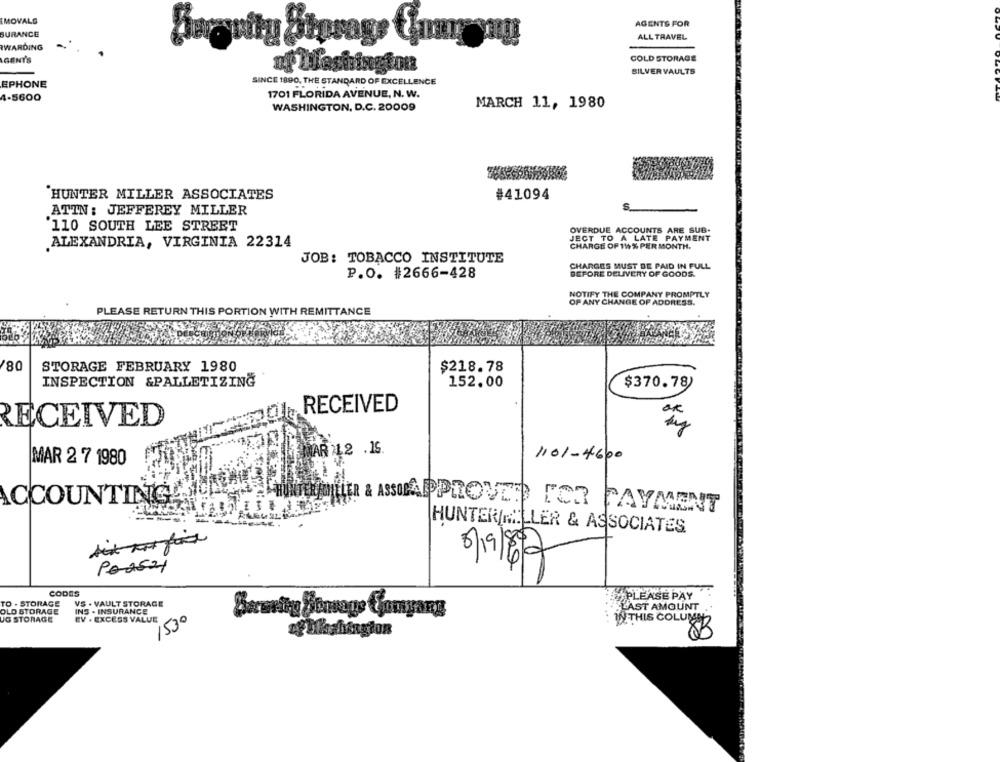
MOVALS
AGENTS FOR
BURANCE
ALL TRAVEL
WARDING
Bwreynity Storage Comeyng
GENY'S
COLD STORAGE
af Washington
SILVER VAULTS
EPHONE
SINCE 1890, THE STANDARD OF EXCELLENCE
4-5600
1701 FLORIDA AVENUE, N. W.
WASHINGTON, D.C. 20009
MARCH 11, 1980
HUNTER MILLER ASSOCIATES
#41094
ATTN : JEFFEREY MILLER
'110 SOUTH LEE STREET
OVERDUE ACCOUNTS ARE SUB-
JECT TO A LATE PAYMENT
ALEXANDRIA, VIRGINIA 22314
CHARGE OF 119 % PER MONTH.
JOB: TOBACCO INSTITUTE
CHARGES MUST BE PAID IN FULL
P.O. #2666-428
BEFORE DELIVERY OF GOODS.
NOTIFY THE COMPANY PROMPTLY
OF ANY CHANGE OF ADDRESS.
PLEASE RETURN THIS PORTION WITH REMITTANCE
80
STORAGE FEBRUARY 1980
$218.78
INSPECTION &PALLETIZING
152.00
$370.78)
RECEIVED
RECEIVED
MAR 21.2 . 15.
1101-4600
MAR 2 7 1980
ACCOUNTINGCO
ASSIAPPROVED FOR PAYMENT
HUNTERIMILLER & ASSOCIATES.
Podszy
CODES
TO - STORAGE
VS . VAULT STORAGE
PLEASE PAY
OLD STORAGE
INS . INSURANCE
LAST AMOUNT.
UG STORAGE
EV . EXCESS VALUE
1530
Barwvity Sonvage Comyang
IN THIS COLUMN2
83